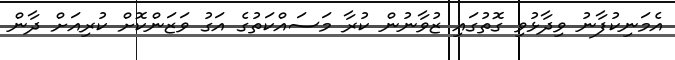
އެމަނިކުފާނު ވިދާޅުވި ގޮތުގައި ޒުވާނުން ކުރާ މަސައްކަތުގެ އަގު ވަޒަންކޮށް ކުރިއަށް ދާން